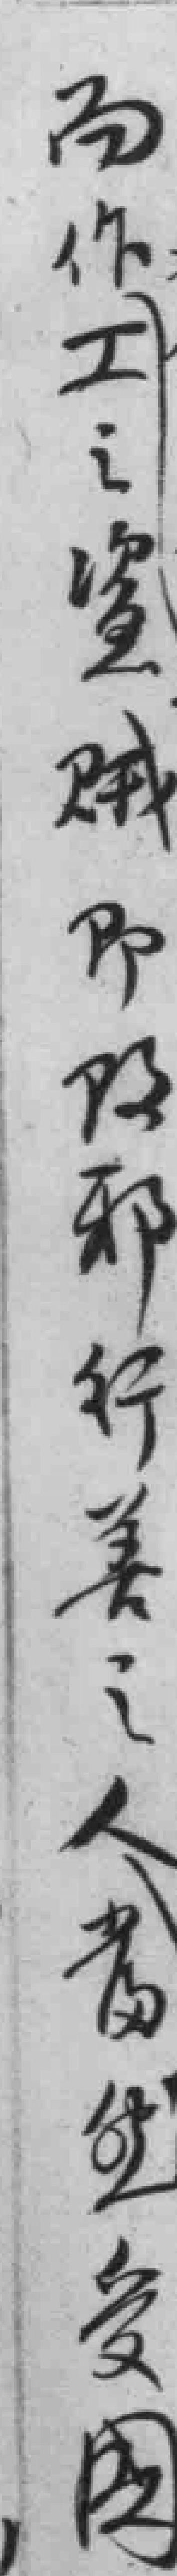
而作工之盗贼，即*邪行善之人當然爱國